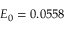
{ \cal E } _ { 0 } = 0 . 0 5 5 8